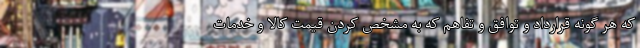
که هر گونه قرارداد و توافق و تفاهم که به مشخص کردن قیمت کالا و خدمات